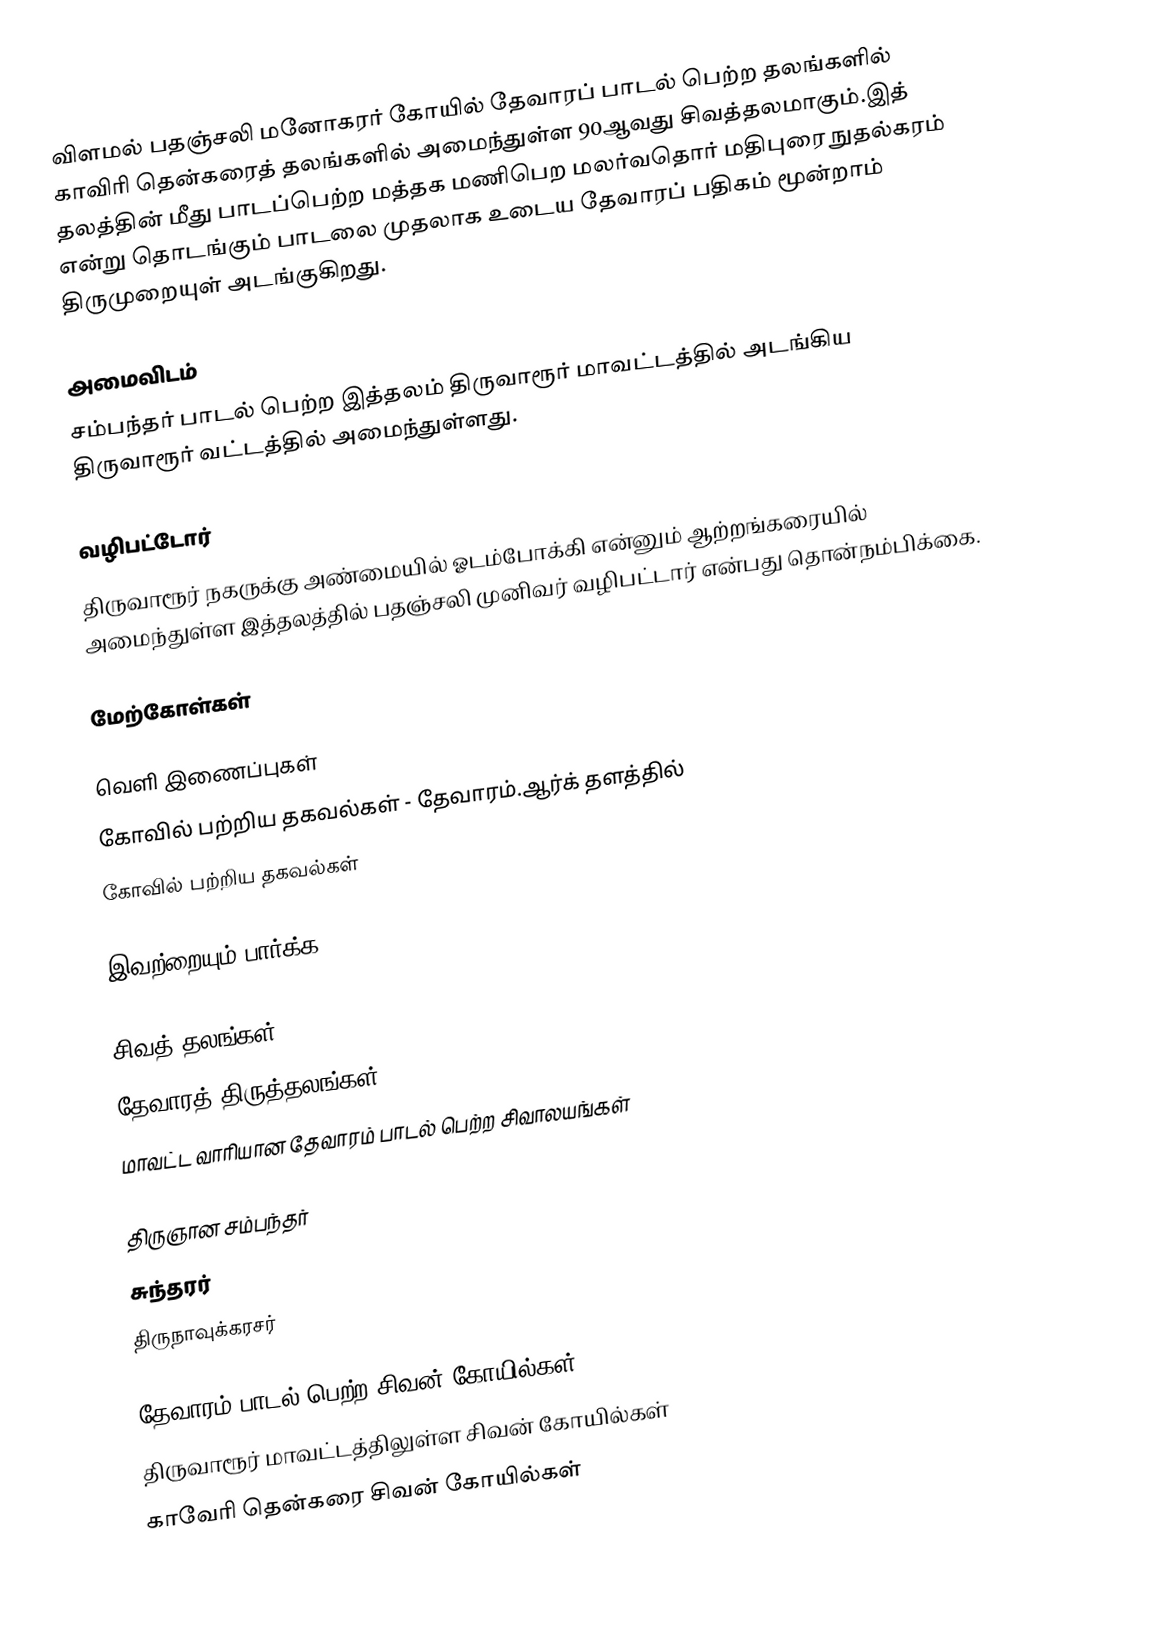
விளமல் பதஞ்சலி மனோகரர் கோயில் தேவாரப் பாடல் பெற்ற தலங்களில் காவிரி தென்கரைத் தலங்களில் அமைந்துள்ள 90ஆவது சிவத்தலமாகும்.இத் தலத்தின் மீது பாடப்பெற்ற மத்தக மணிபெற மலர்வதொர் மதிபுரை நுதல்கரம் என்று தொடங்கும் பாடலை முதலாக உடைய தேவாரப் பதிகம் மூன்றாம் திருமுறையுள் அடங்குகிறது.

அமைவிடம்
சம்பந்தர் பாடல் பெற்ற இத்தலம் திருவாரூர் மாவட்டத்தில் அடங்கிய திருவாரூர் வட்டத்தில் அமைந்துள்ளது.

வழிபட்டோர்
திருவாரூர் நகருக்கு அண்மையில் ஓடம்போக்கி என்னும் ஆற்றங்கரையில் அமைந்துள்ள இத்தலத்தில் பதஞ்சலி முனிவர் வழிபட்டார் என்பது தொன்நம்பிக்கை.

மேற்கோள்கள்

வெளி இணைப்புகள்
 கோவில் பற்றிய தகவல்கள் - தேவாரம்.ஆர்க் தளத்தில்
 கோவில் பற்றிய தகவல்கள்

இவற்றையும் பார்க்க

 சிவத் தலங்கள்
 தேவாரத் திருத்தலங்கள்
 மாவட்ட வாரியான தேவாரம் பாடல் பெற்ற சிவாலயங்கள்

 திருஞான சம்பந்தர்
 சுந்தரர்
 திருநாவுக்கரசர்

தேவாரம் பாடல் பெற்ற சிவன் கோயில்கள்
திருவாரூர் மாவட்டத்திலுள்ள சிவன் கோயில்கள்
காவேரி தென்கரை சிவன் கோயில்கள்